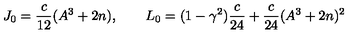
J _ { 0 } = \frac { c } { 1 2 } ( A ^ { 3 } + 2 n ) , \qquad L _ { 0 } = ( 1 - \gamma ^ { 2 } ) \frac { c } { 2 4 } + \frac { c } { 2 4 } ( A ^ { 3 } + 2 n ) ^ { 2 }